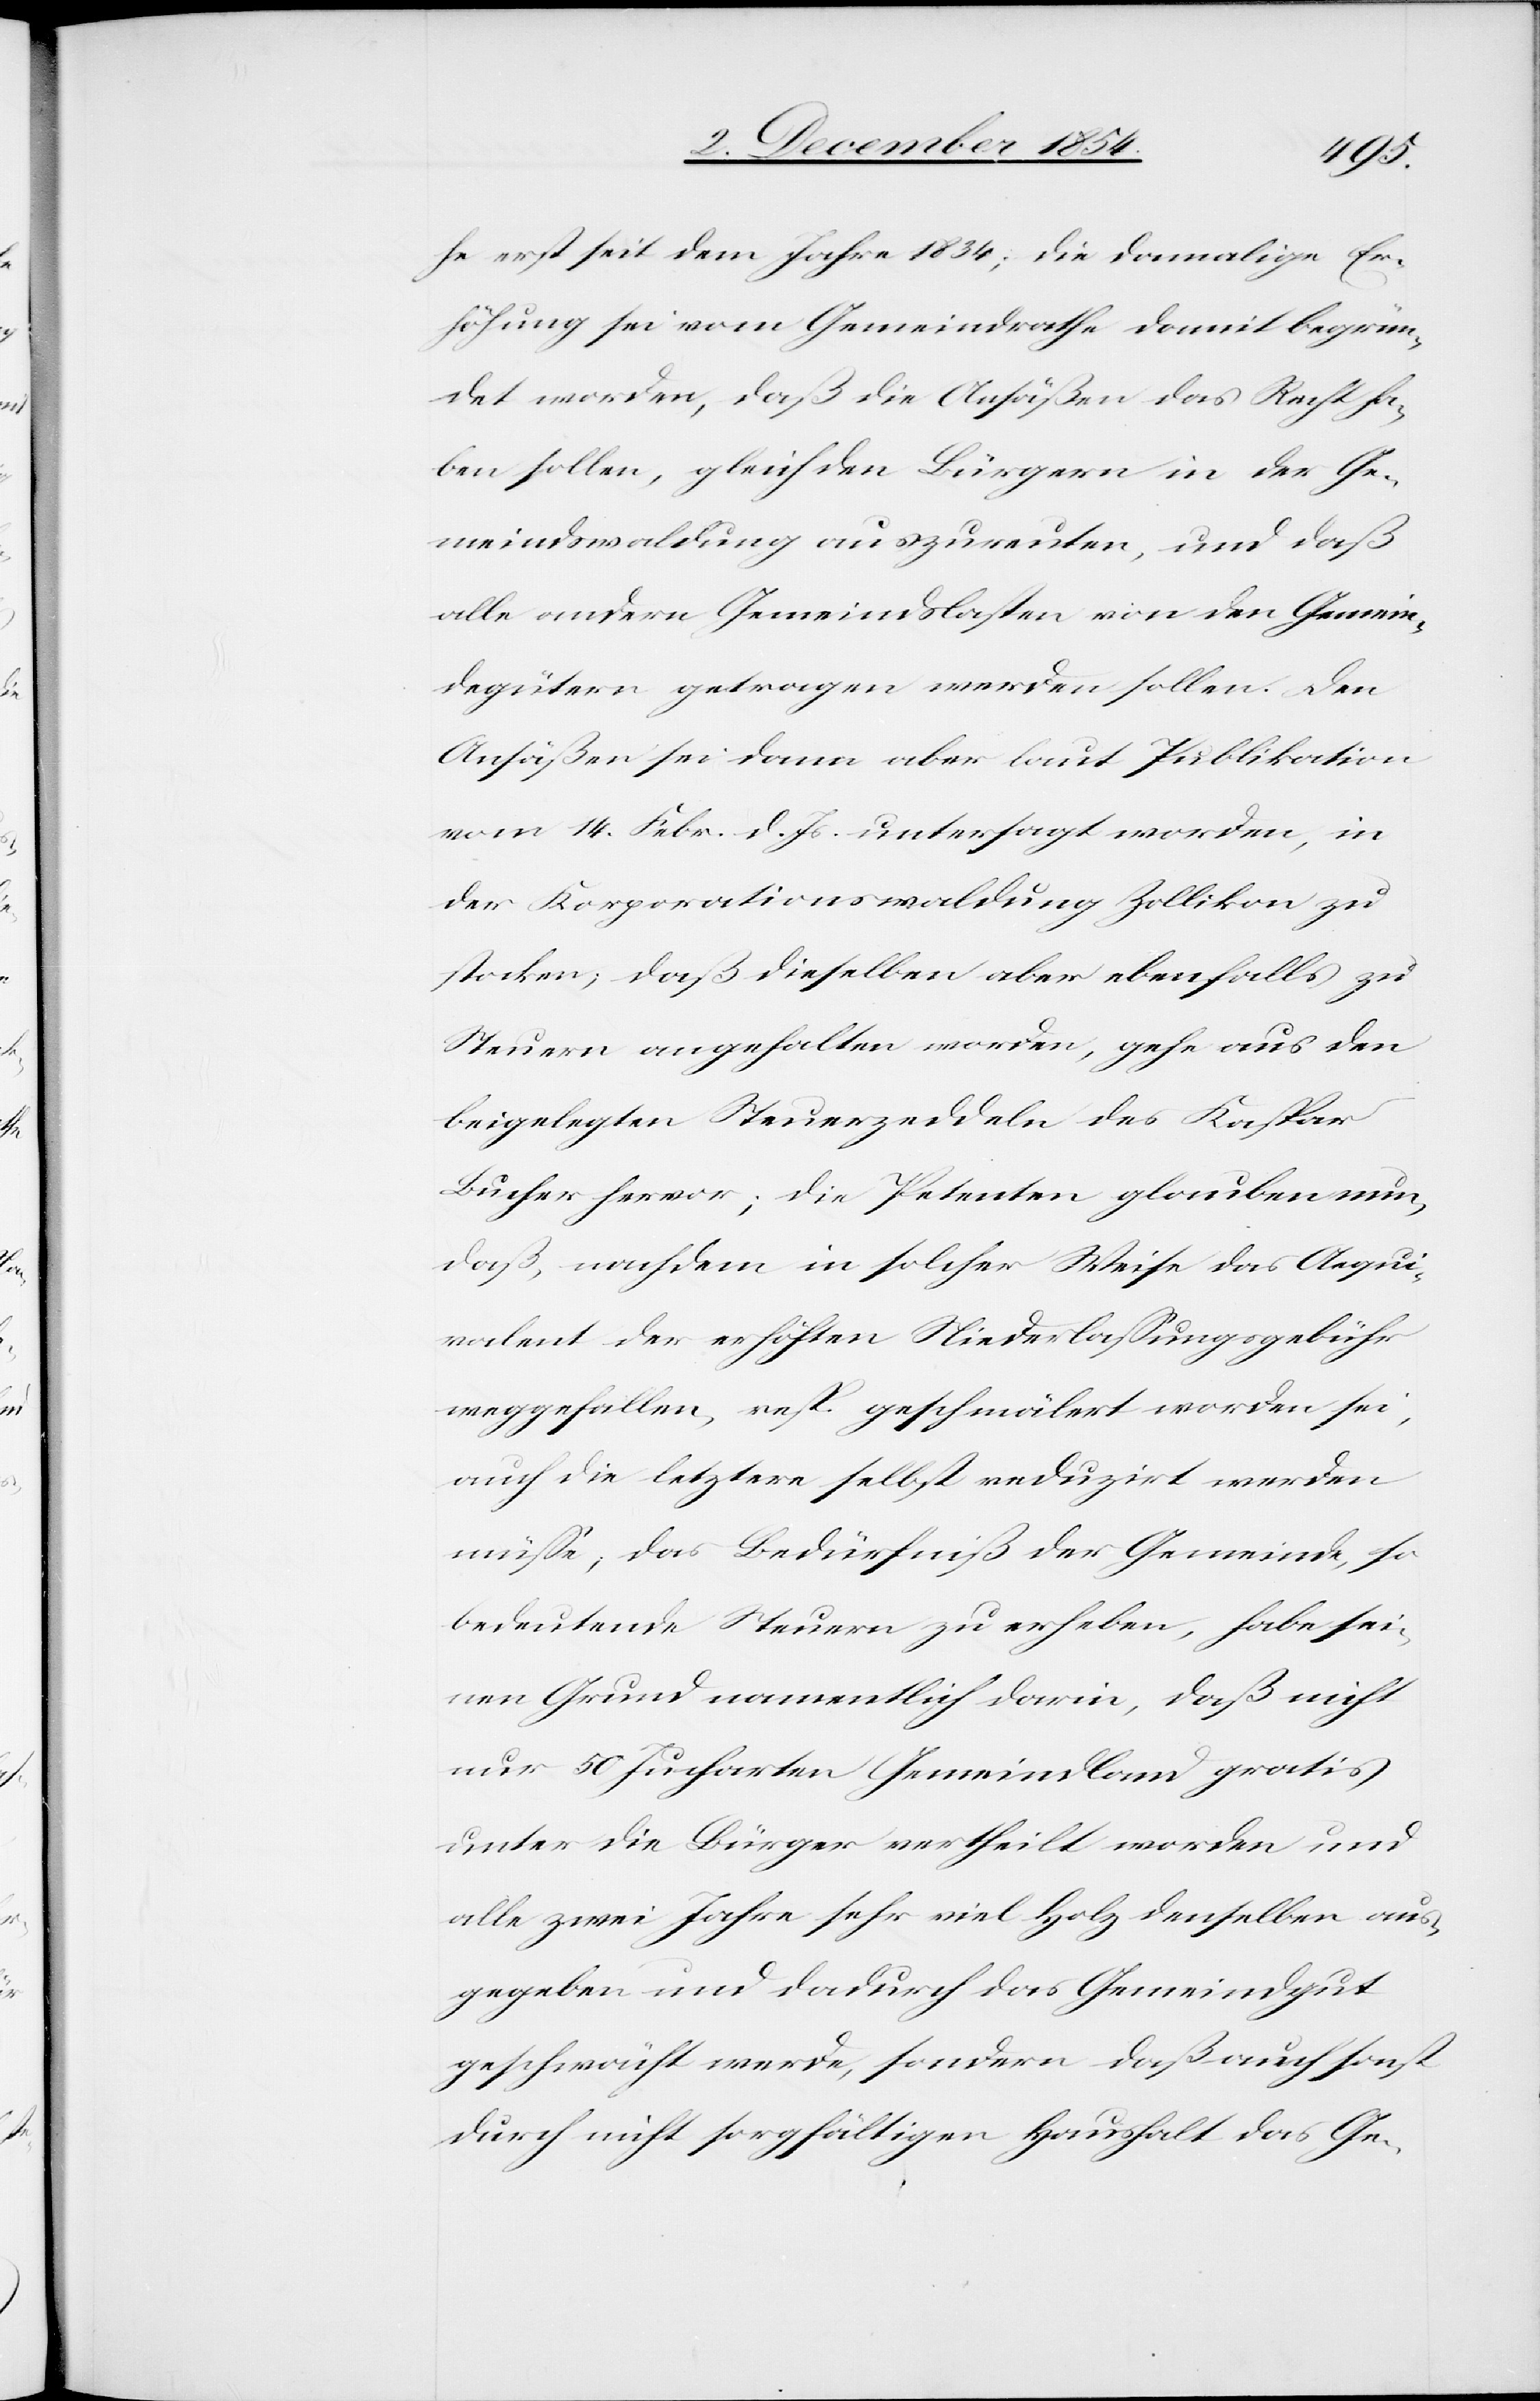
he erst seit dem Jahr 1834; die damalige Er¬
höhung sei vom Gemeindrathe damit begrün¬
det worden, daß die Ansäßen das Recht ha¬
ben sollen, gleich den Bürgern in der Ge¬
meindswaldung auszureuten, und daß
alle andern Gemeindslasten von den Gemein¬
degütern getragen werden sollen. Den
Ansäßen sei dann aber laut Publikation
vom 14. Febr. d. Js. untersagt worden, in
der Korporationswaldung Zollikon zu
stocken; daß dieselben aber ebenfalls zu
Steuern angehalten worden, gehe aus den
beigelegten Steuerzeddeln des Kaspar
Bucher hervor; die Petenten glauben nun,
daß, nachdem in solcher Weise das Aequi¬
valent der erhöhten Niederlaßunsgebühr
weggefallen, resp. geschmälert worden sei,
auch die letztere selbst reduzirt werden
müße; das Bedürfniß der Gemeinde, so
bedeutende Steuern zu erheben, habe sei¬
nen Grund namentlich darin, daß nicht
nur 50 Jucharten Gemeindland gratis
unter die Bürger vertheilt worden und
alle zwei Jahre sehr viel Holz denselben aus¬
gegeben und dadurch das Gemeindgut
geschwächt werde, sondern daß auch sonst
durch nicht sorgfältigen Haushalt das Ge-